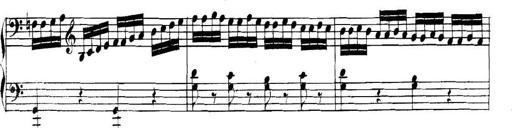
Title: Collected Piano Sonatas
Composer: Muzio Clementi